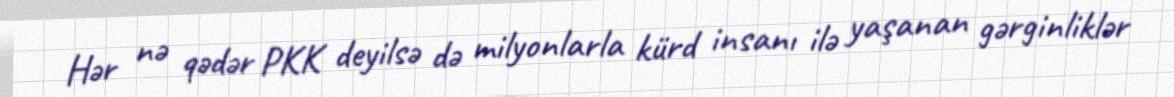
Hər nə qədər PKK deyilsə də milyonlarla kürd insanı ilə yaşanan gərginliklər